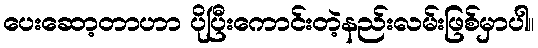
ပေးဆော့တာဟာ ပိုပြီးကောင်းတဲ့နည်းလမ်းဖြစ်မှာပါ။